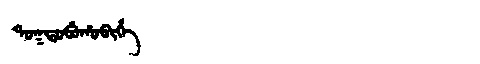
Manchu: ᡨᠣᡴᡨᠣᠪᡠᡥᠣᠪᡳᡥᡝ
Romanization: TOKTOBUHOBIHE